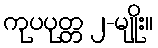
ကုပပုတ္တ ၂-မျိုး။